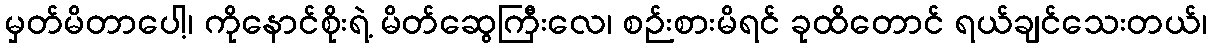
မှတ်မိတာပေါ့၊ ကိုနောင်စိုးရဲ့ မိတ်ဆွေကြီးလေ၊ စဉ်းစားမိရင် ခုထိတောင် ရယ်ချင်သေးတယ်၊